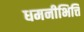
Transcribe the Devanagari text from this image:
धमनीभित्ति